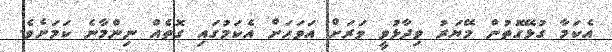
އެކަމާ ގުޅޭގޮތުން މޭޔަރު ވިދާޅުވީ ވަރަށް އަވަހަށް އެކަމުގައި ގޮތެއް ނިންމާނެ ކަމަށެވެ.